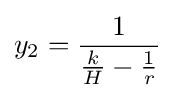
y_{2}={1 \over {k \over H}-{1 \over r}}